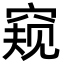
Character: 窥